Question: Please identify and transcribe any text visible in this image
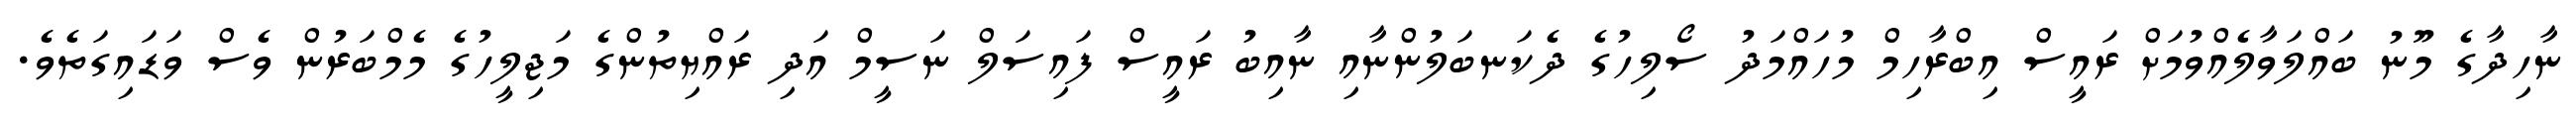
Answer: ނާހިދާގެ މޫނު ބައްލަވާލެއްވުމަށް ރައީސް އިބްރާހިމް މުހައްމަދު ސޯލިހުގެ ދެކަނބަލުންނާއި ނާއިބު ރައީސް ފައިސަލް ނަސީމް އަދި ރައްޔިތުންގެ މަޖިލީހުގެ މެމްބަރުން ވެސް ވަޑައިގަތެވެ.